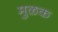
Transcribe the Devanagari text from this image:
मुळक